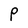
Character: P